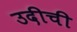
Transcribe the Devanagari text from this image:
उदीची